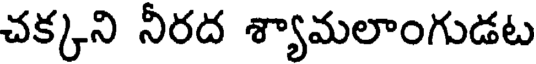
చక్కని నీరద శ్యామలాంగుడట